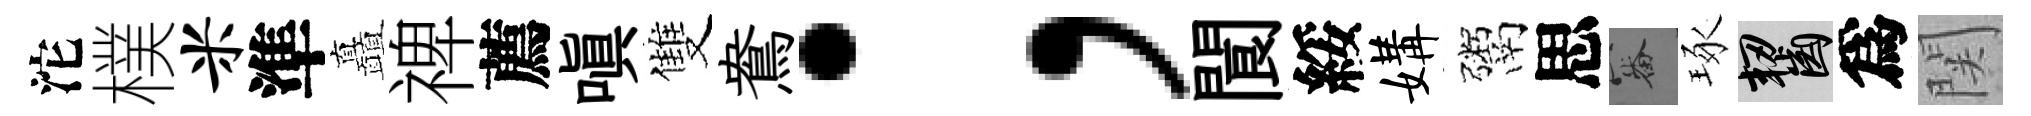
沱樸米準矗禆薦嗔雙鴦；閬綏媾鬻思審琢齧爲関